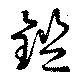
鎧